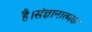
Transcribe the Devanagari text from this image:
है।संज्ञानात्मक